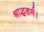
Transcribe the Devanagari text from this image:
श्राद्धकर्म।